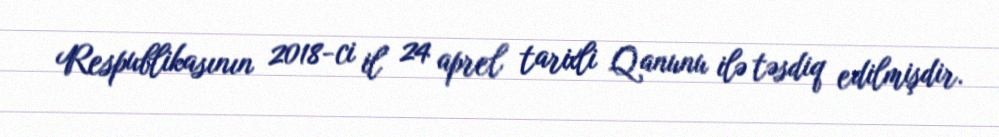
Respublikasının 2018-ci il 24 aprel tarixli Qanunu ilə təsdiq edilmişdir.